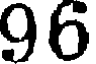
96